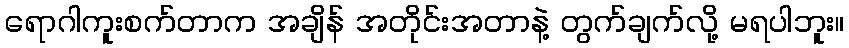
ရောဂါကူးစက်တာက အချိန် အတိုင်းအတာနဲ့ တွက်ချက်လို့ မရပါဘူး။